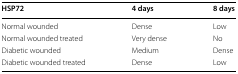
<table><thead><tr><td><b>HSP72</b></td><td><b>4 days</b></td><td><b>8 days</b></td></tr></thead><tbody><tr><td>Normal wounded</td><td>Dense</td><td>Low</td></tr><tr><td>Normal wounded treated</td><td>Very dense</td><td>No</td></tr><tr><td>Diabetic wounded</td><td>Medium</td><td>Dense</td></tr><tr><td>Diabetic wounded treated</td><td>Dense</td><td>Low</td></tr></tbody></table>